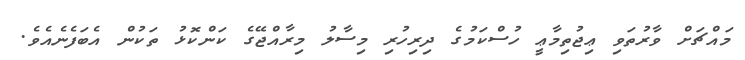
މައްޗަށް ވާރުތަވި ޢިޖުތިމާޢީ ހުސްކަމުގެ ދިރިހުރި މިސާލު މިރާއްޖޭގެ ކަންކޮޅު ތަކުން އެބަފެނެއެވެ.